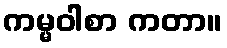
ကမ္မဝါစာ ကတာ။